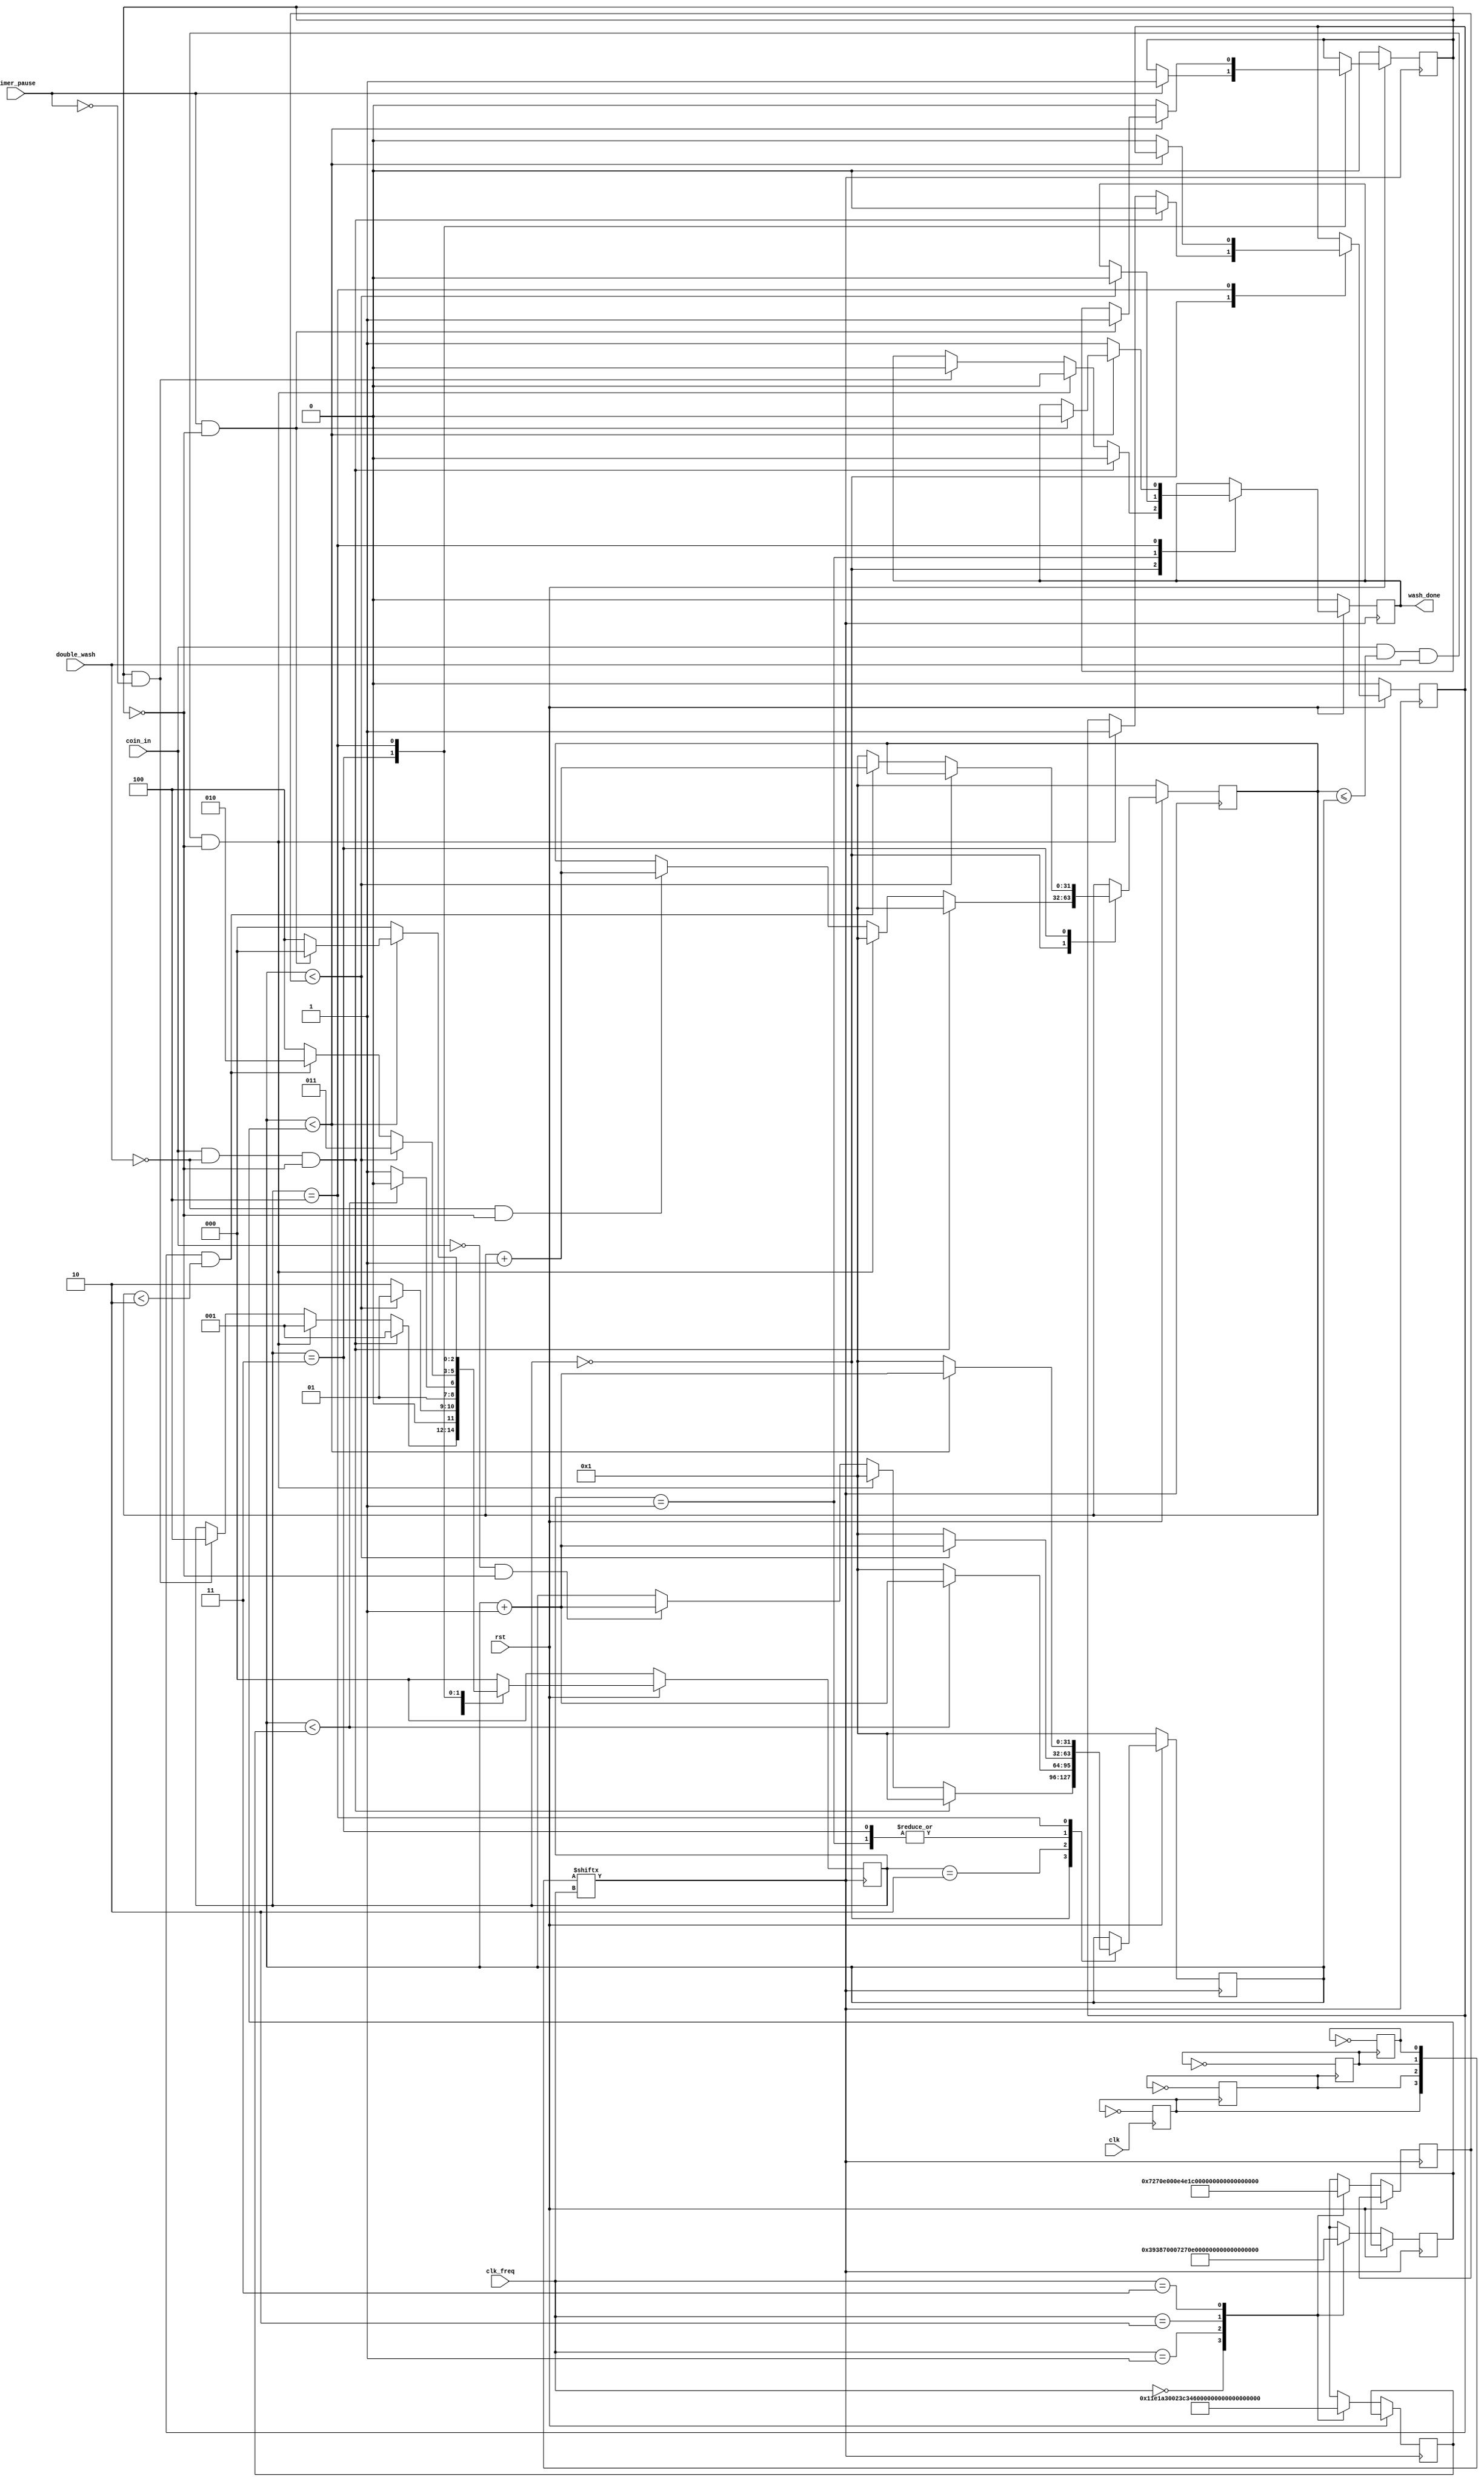
`timescale 1ns / 1ps
// 	ASSUME CLK IS 16 MHZ
// stop,state,double & clk_used are 4 plus outputs just used in the testbench to explain the behaviour 
// so you dont have to use them and if you wan to use them follow the comments
module washing_machine(rst,clk,clk_freq,coin_in,double_wash,timer_pause,wash_done);//,stop,state,clk_used,double); // you can remove the comment lines to add the outputs  but dont forget to remove the pracket and semicolon
input rst,clk,double_wash,timer_pause,coin_in;
input [1:0] clk_freq;
output reg wash_done;reg stop; // stop the operation       // make the registers from here outputs if you want them 
 reg [2:0] state;
 reg [3:0]clk_used;  //clock generation
 reg double;
parameter idle=0,fill=1,wash=2,rinse=3,spin=4;
parameter one_mega=60000000,two_mega=120000000,four_mega=240000000,eight_mega=480000000; // number of cycles for 1 minute for each frequency
reg [31:0] counter;    // to count cycles 
reg [31:0] counter2;   // to count cycles for double wash only befor being activated
integer min,two_min,five_min;      // integer numbers to calculate the 2 mins , 5mins

initial clk_used=0;

always @(posedge clk)                    // frequency divider
clk_used[3]=~clk_used[3];
always @(posedge clk_used[3])
clk_used[2]<=~clk_used[2];
always @(posedge clk_used[2])
clk_used[1]<=~clk_used[1];
always @(posedge clk_used[1])
clk_used[0]<=~clk_used[0]; 

always @(posedge clk_used[clk_freq])begin            // the start of FSM
if (rst==0)begin                                     // calculating the number of cycles for each time period
case (clk_freq)
0:begin 
  min=one_mega; two_min=min+min; five_min=two_min+two_min+min;
  end
1:begin 
  min=two_mega; two_min=min+min; five_min=two_min+two_min+min;
  end
2:begin 
  min=four_mega; two_min=min+min; five_min=two_min+two_min+min;
  end
3:begin 
  min=eight_mega; two_min=min+min; five_min=two_min+two_min+min;
  end
endcase
state<=idle;                      // reset all the parameters
wash_done<=0;
counter<=1;
counter2<=1;
double<=0;
stop<=0;
end
else begin
case(state)
idle:begin
     if ((coin_in==0)&&(stop==0))             // counting number of cycles before coin=1
	  counter<=counter+1; 
	  if ((double_wash==0)&&(stop==0))         // counting number of cycles before double=1
	  counter2<=counter2+1;
     if((coin_in==1)&&(double_wash==0)&&(stop==0))begin        // normal operation
     state<=fill;
	  wash_done<=0;
	  counter<=1;
	  counter2<=1;
	  double<=0;
	  end
	  else if ((coin_in==1)&&(counter2<=counter)&&(double_wash==1)&&(stop==0))begin  // double wash
     state<=fill;
	  wash_done<=0;
	  counter<=1;
	  counter2<=1;
	  double<=1;
	  end
     else if((stop==1)&&(timer_pause==0)) begin     //go to finish spininng after pausing 
     state<=spin;
     wash_done<=0;
     end
	  end	  
fill:begin
     if(counter<two_min)begin       // spend 2 mins
	  state<=fill;
	  counter<=counter+1;
	  wash_done<=0;
	  end
	  else begin                // goes to wash state after finishing
	  state<=wash;
	  counter<=1;
	  end
	  end
wash:begin
     if(counter<five_min)begin           // spend 5 mins
	  state<=wash;
	  counter<=counter+1;
	  end
	  else begin                    // goes to the rinse state after finishing 
	  state<=rinse;
	  counter<=1;
	  end
	  end
rinse:begin
     if(counter<two_min)begin              // spend 2 mins
	  state<=rinse;
	  counter<=counter+1;
	  end
	  else if((double==1)&&(counter2<2))begin           // after finishing asks for if there is a double wash or not?
	  state<=wash;
	  counter<=1;
	  counter2<=counter2+1;
	  end
	  else begin              // no double wash or finish rinsing 
	  state<=spin;
	  counter<=1;
	  counter2<=1;
	  end
	  if(timer_pause==1)         // asks if the timer is paused before spinning
	  stop<=1;
	  end
spin:begin
     if(counter<min)begin             // spend 1 min
	  state<=spin;
	  counter<=counter+1;
     if((timer_pause==1)&&(stop==0))begin    // asks for timer pause
	  state<=idle;
	  wash_done<=0;
	  stop<=1;
	  end
	  end
	  else begin                 // finish spinning
	  state<=idle;
	  wash_done<=1;
	  stop<=0;
	  counter<=1;
	  double<=0;
	  end
	  end
default: state<=idle;
endcase	  
end          
end
	  
endmodule

// this testbench based on us not minutes so the full program will take 10 us instead of 10 minutes 

module testbench;
reg rst,clk,coin_in,double_wash,timer_pause;
reg [1:0] clk_freq;
wire wash_done;//,stop,double;         // remove the comment lines if you want to add the outputs
//wire [3:0]clk_used;
//wire [2:0] state;
washing_machine wm(.rst(rst),.clk(clk),.clk_freq(clk_freq),.coin_in(coin_in),.double_wash(double_wash)
,.timer_pause(timer_pause),.wash_done(wash_done));//,.stop(stop),.state(state),.clk_used(clk_used),.double(double)); // you can remove the comment lines to add the outputs  but dont forget to remove the pracket and semicolon
initial begin
clk_freq=2'b11;
clk=0;
rst=0;
end
always 
# 31.25 clk=~clk;

initial begin
# 50 rst=1;
# 50 coin_in=1;double_wash=0;timer_pause=0;
# 500 coin_in=0;
# 9000 double_wash=1;
# 800 coin_in=1;
# 2000 coin_in=0; double_wash=0;
# 15000 coin_in=1; # 200 double_wash=1; 
# 500 timer_pause=1;
# 9000 timer_pause=0;
# 500 coin_in=1;
# 16500 timer_pause=1;
# 1000 timer_pause=0; coin_in=0;
end
endmodule